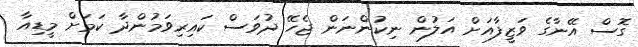
ގޮސް އޭނާގެ ވަޒީފާއަށް އަލުން ނިކުންނަން ޖެހޭ ދުވަސް ކައިރިވަމުންދާ ކަމަށް މީޑިއާ